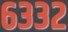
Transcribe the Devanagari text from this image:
६३३२